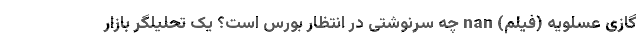
گازی عسلویه (فیلم) nan چه سرنوشتی در انتظار بورس است؟ یک تحلیلگر بازار